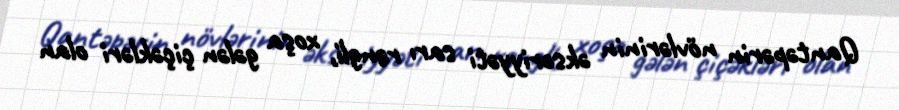
Qantəpərin növlərinin əksəriyyəti sarı rəngli, xoşa gələn çiçəkləri olan